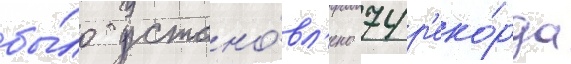
бы́ло устано́вл'ено 74 р'еко́рда